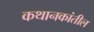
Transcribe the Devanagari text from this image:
कथानकांतील